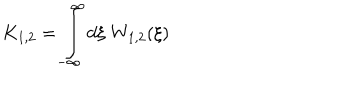
LaTeX: K _ { 1 , 2 } = \int _ { - \infty } ^ { \infty } d \xi \; W _ { 1 , 2 } ( \xi ) \nonumber